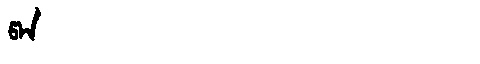
Manchu: ᡦᠠᠨ
Romanization: PAN